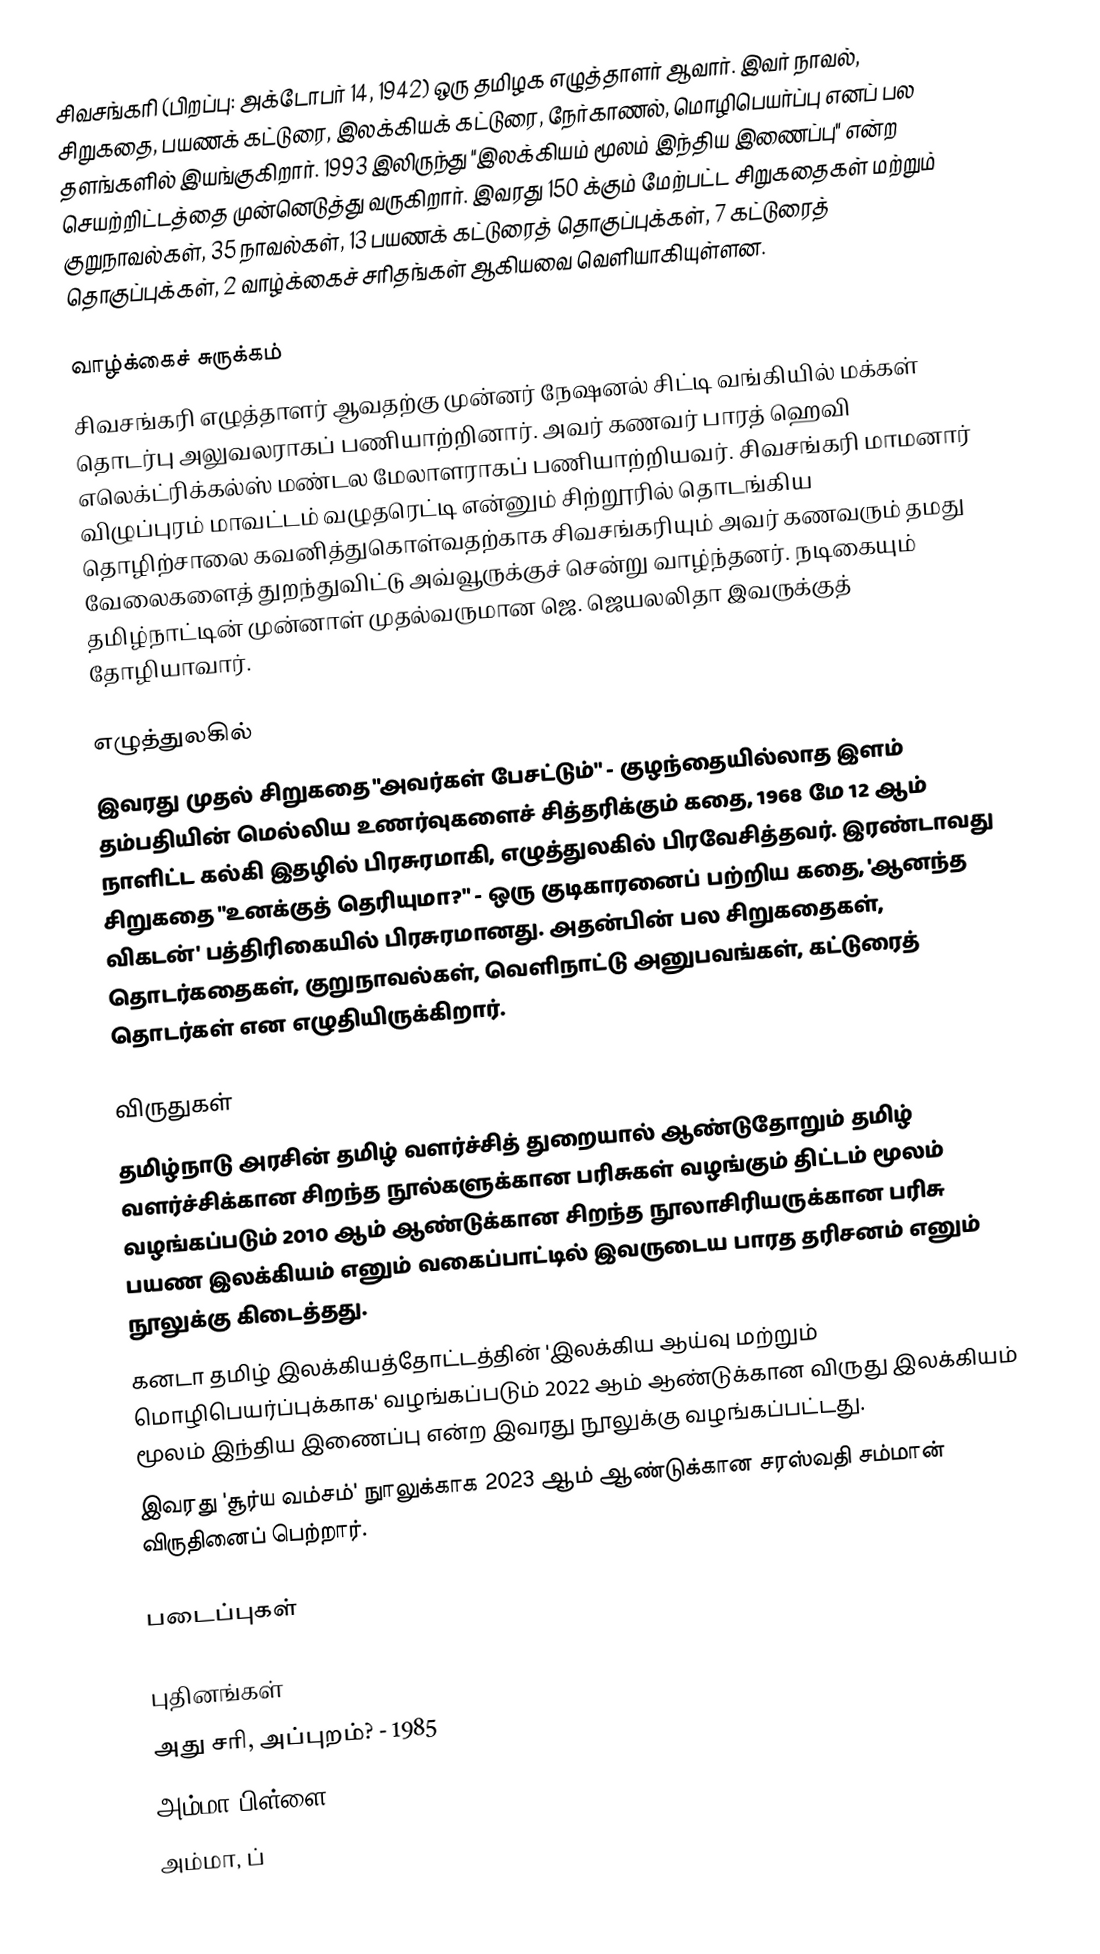
சிவசங்கரி (பிறப்பு: அக்டோபர் 14, 1942) ஒரு தமிழக எழுத்தாளர் ஆவார். இவர் நாவல், சிறுகதை, பயணக் கட்டுரை, இலக்கியக் கட்டுரை, நேர்காணல், மொழிபெயர்ப்பு எனப் பல தளங்களில் இயங்குகிறார். 1993 இலிருந்து "இலக்கியம் மூலம் இந்திய இணைப்பு" என்ற செயற்றிட்டத்தை முன்னெடுத்து வருகிறார். இவரது 150 க்கும் மேற்பட்ட சிறுகதைகள் மற்றும் குறுநாவல்கள், 35 நாவல்கள், 13 பயணக் கட்டுரைத் தொகுப்புக்கள், 7 கட்டுரைத் தொகுப்புக்கள், 2 வாழ்க்கைச் சரிதங்கள் ஆகியவை வெளியாகியுள்ளன.

வாழ்க்கைச் சுருக்கம்
சிவசங்கரி எழுத்தாளர் ஆவதற்கு முன்னர் நேஷனல் சிட்டி வங்கியில் மக்கள் தொடர்பு அலுவலராகப் பணியாற்றினார்.  அவர் கணவர் பாரத் ஹெவி எலெக்ட்ரிக்கல்ஸ் மண்டல மேலாளராகப் பணியாற்றியவர். சிவசங்கரி மாமனார் விழுப்புரம் மாவட்டம் வழுதரெட்டி என்னும் சிற்றூரில் தொடங்கிய தொழிற்சாலை கவனித்துகொள்வதற்காக சிவசங்கரியும் அவர் கணவரும் தமது வேலைகளைத் துறந்துவிட்டு அவ்வூருக்குச் சென்று வாழ்ந்தனர். நடிகையும் தமிழ்நாட்டின் முன்னாள் முதல்வருமான ஜெ. ஜெயலலிதா இவருக்குத் தோழியாவார்.

எழுத்துலகில்
இவரது முதல் சிறுகதை "அவர்கள் பேசட்டும்" - குழந்தையில்லாத இளம் தம்பதியின் மெல்லிய உணர்வுகளைச் சித்தரிக்கும் கதை, 1968 மே 12 ஆம் நாளிட்ட கல்கி இதழில் பிரசுரமாகி, எழுத்துலகில் பிரவேசித்தவர். இரண்டாவது சிறுகதை "உனக்குத் தெரியுமா?" - ஒரு குடிகாரனைப் பற்றிய கதை, 'ஆனந்த விகடன்' பத்திரிகையில் பிரசுரமானது. அதன்பின் பல சிறுகதைகள், தொடர்கதைகள், குறுநாவல்கள், வெளிநாட்டு அனுபவங்கள், கட்டுரைத் தொடர்கள் என எழுதியிருக்கிறார்.

விருதுகள்
தமிழ்நாடு அரசின் தமிழ் வளர்ச்சித் துறையால் ஆண்டுதோறும் தமிழ் வளர்ச்சிக்கான சிறந்த நூல்களுக்கான பரிசுகள் வழங்கும் திட்டம் மூலம் வழங்கப்படும் 2010 ஆம் ஆண்டுக்கான சிறந்த நூலாசிரியருக்கான பரிசு பயண இலக்கியம் எனும் வகைப்பாட்டில் இவருடைய பாரத தரிசனம் எனும் நூலுக்கு கிடைத்தது.
 கனடா தமிழ் இலக்கியத்தோட்டத்தின் 'இலக்கிய ஆய்வு மற்றும் மொழிபெயர்ப்புக்காக' வழங்கப்படும் 2022 ஆம் ஆண்டுக்கான விருது  இலக்கியம் மூலம் இந்திய இணைப்பு என்ற இவரது நூலுக்கு வழங்கப்பட்டது.
 இவரது 'சூர்ய வம்சம்' நுாலுக்காக 2023 ஆம் ஆண்டுக்கான சரஸ்வதி சம்மான் விருதினைப் பெற்றார்.

படைப்புகள்

புதினங்கள்
 அது சரி, அப்புறம்? - 1985
 அம்மா பிள்ளை - - 1986
 அம்மா, ப்